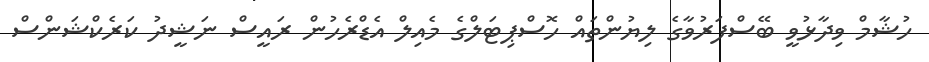
ހުޝާމް ވިދާޅުވީ ބޭސްފަރުވާގެ ލިޔުންތައް ހޮސްޕިޓަލްގެ މެއިލް އެޑްރެހުން ރައީސް ނަޝީދު ކަރެކްޝަންސް